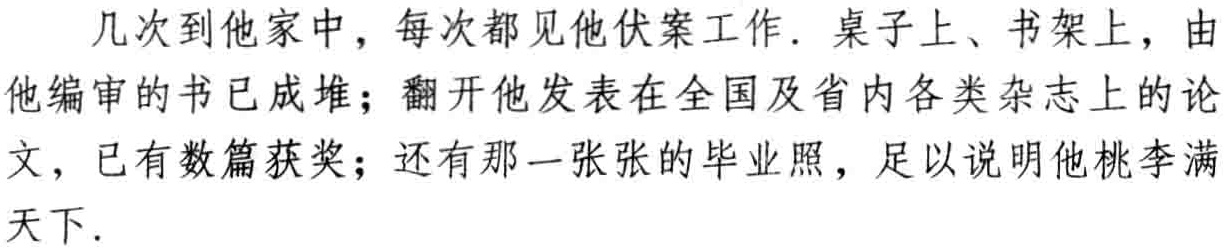
几次到他家中，每次都见他伏案工作. 桌子上、书架上，由他编审的书已成堆；翻开他发表在全国及省内各类杂志上的论文，已有数篇获奖；还有那一张张的毕业照，足以说明他桃李满天下.